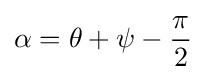
\alpha =\theta +\psi -{\frac {\pi }{2}}